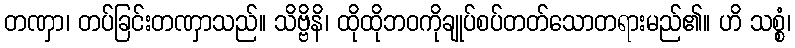
တဏှာ၊ တပ်ခြင်းတဏှာသည်။ သိဗ္ဗိနိ၊ ထိုထိုဘဝကိုချုပ်စပ်တတ်သောတရားမည်၏။ ဟိ သစ္စံ၊